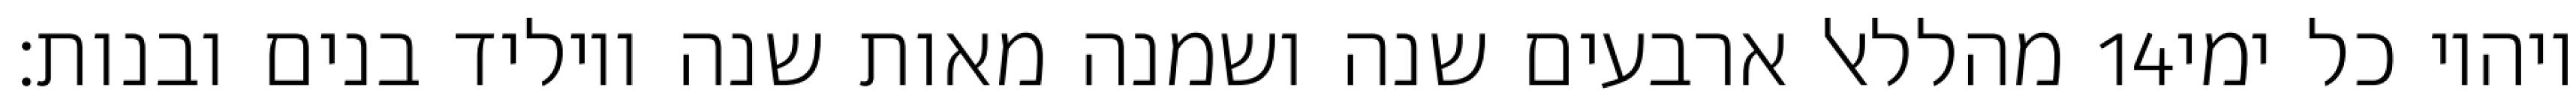
מהללאל ארבעים שנה ושמנה מאות שנה ויוליד בנים ובנות׃ ‎14‏ ויהיו כל ימי